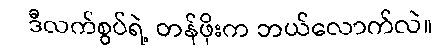
ဒီလက်စွပ်ရဲ့ တန်ဖိုးက ဘယ်လောက်လဲ။